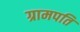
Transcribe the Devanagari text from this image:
ग्रामपति